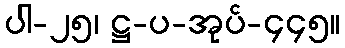
ပါ-၂၅၊ ဋ္ဌ-ပ-အုပ်-၄၄၅။